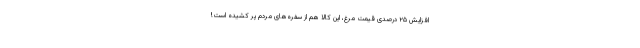
افزایش ۲۵ درصدی قیمت مرغ، این کالا هم از سفره‌های مردم پر کشیده است!